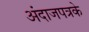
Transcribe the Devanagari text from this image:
अंदाजपत्रके